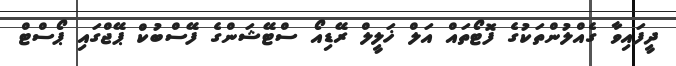
ދީފައިވާ ގެއްލުންތަކުގެ ފޮޓޯތައް އަލް ޚަލީލް ރޭޑިއޯ ސްޓޭޝަންގެ ފޭސްބުކް ޕޭޖްގައި ޕޯސްޓް